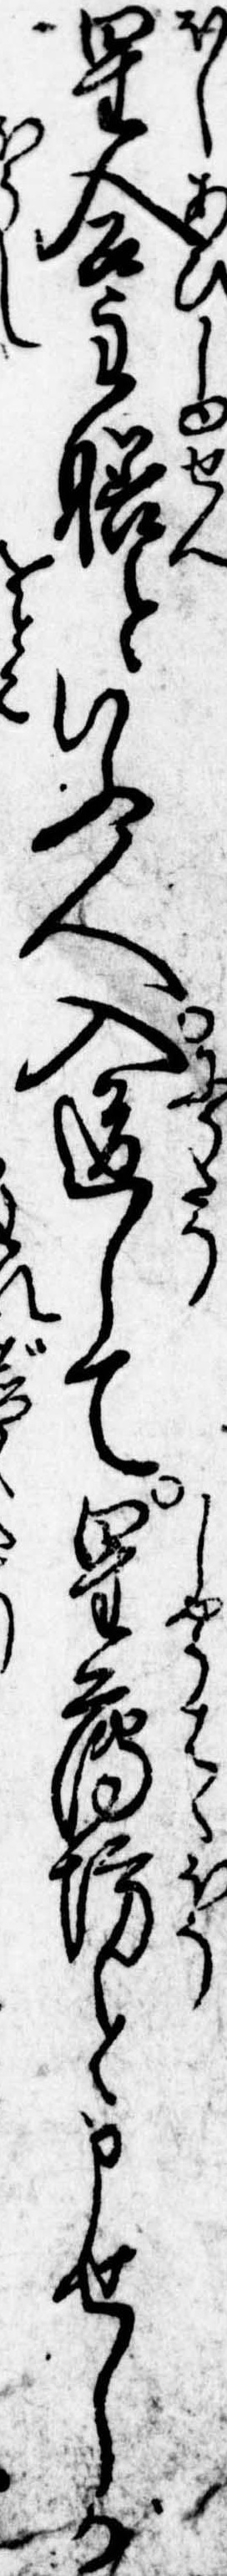
星合主膳といふ人入道して星薄坊と申せしが